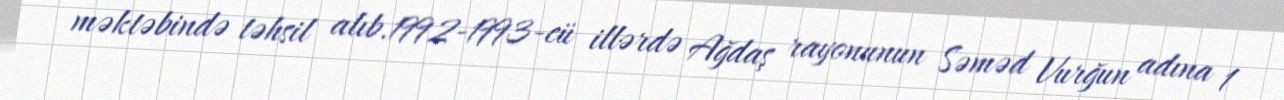
məktəbində təhsil alıb.1992-1993-cü illərdə Ağdaş rayonunun Səməd Vurğun adına 1